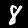
Label: 8